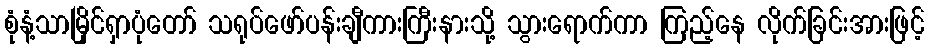
စုံနံ့သာမြိုင်ရှာပုံတော် သရုပ်ဖော်ပန်းချီကားကြီးနားသို့ သွားရောက်ကာ ကြည့်နေ လိုက်ခြင်းအားဖြင့်